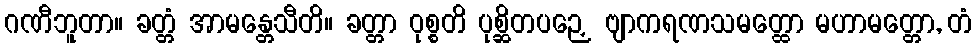
ဂဏီဘူတာ။ ခတ္တံ အာမန္တေသီတိ။ ခတ္တာ ဝုစ္စတိ ပုစ္ဆိတပဉှေ ဗျာကရဏသမတ္ထော မဟာမတ္တော, တံ